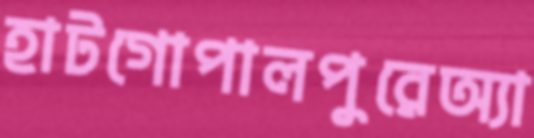
হাটগোপালপুরেঅ্যা